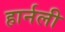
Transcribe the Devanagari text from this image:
हार्नली